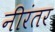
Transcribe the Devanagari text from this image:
नीरंतर